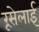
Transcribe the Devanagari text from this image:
रूसेलाई